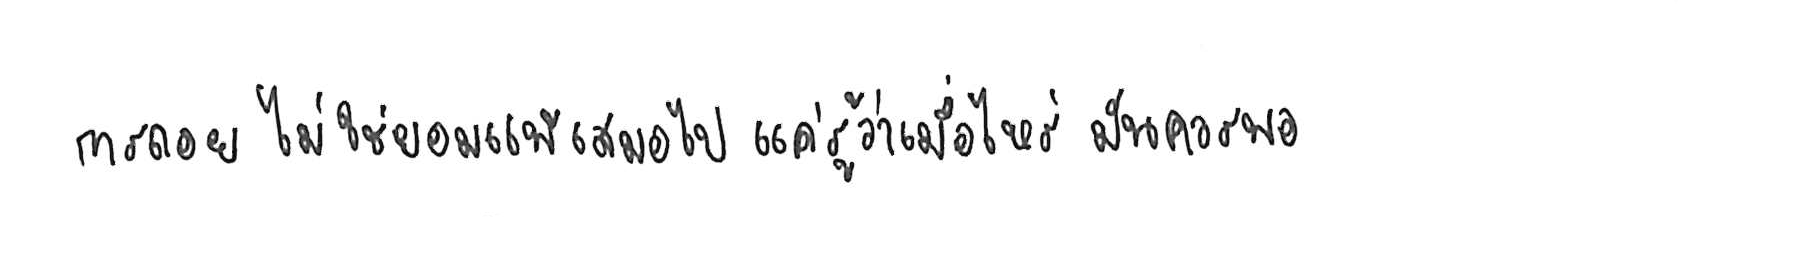
การถอย ไม่ใช่ยอมแพ้ เสมอไป แค่รู้ว่าเมื่อไหร่ มันควรพอ